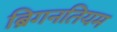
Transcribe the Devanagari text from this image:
ब्रिगनतियम